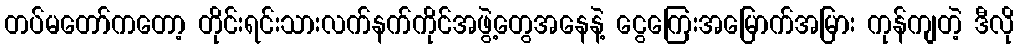
တပ်မတော်ကတော့ တိုင်းရင်းသားလက်နက်ကိုင်အဖွဲ့တွေအနေနဲ့ ငွေကြေးအမြောက်အမြား ကုန်ကျတဲ့ ဒီလို